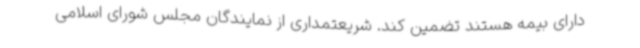
دارای بیمه هستند تضمین کند. شریعتمداری از نمایندگان مجلس شورای اسلامی